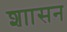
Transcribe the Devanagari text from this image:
शाासन